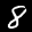
Label: 8